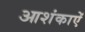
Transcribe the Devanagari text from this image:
आशंकाऐं